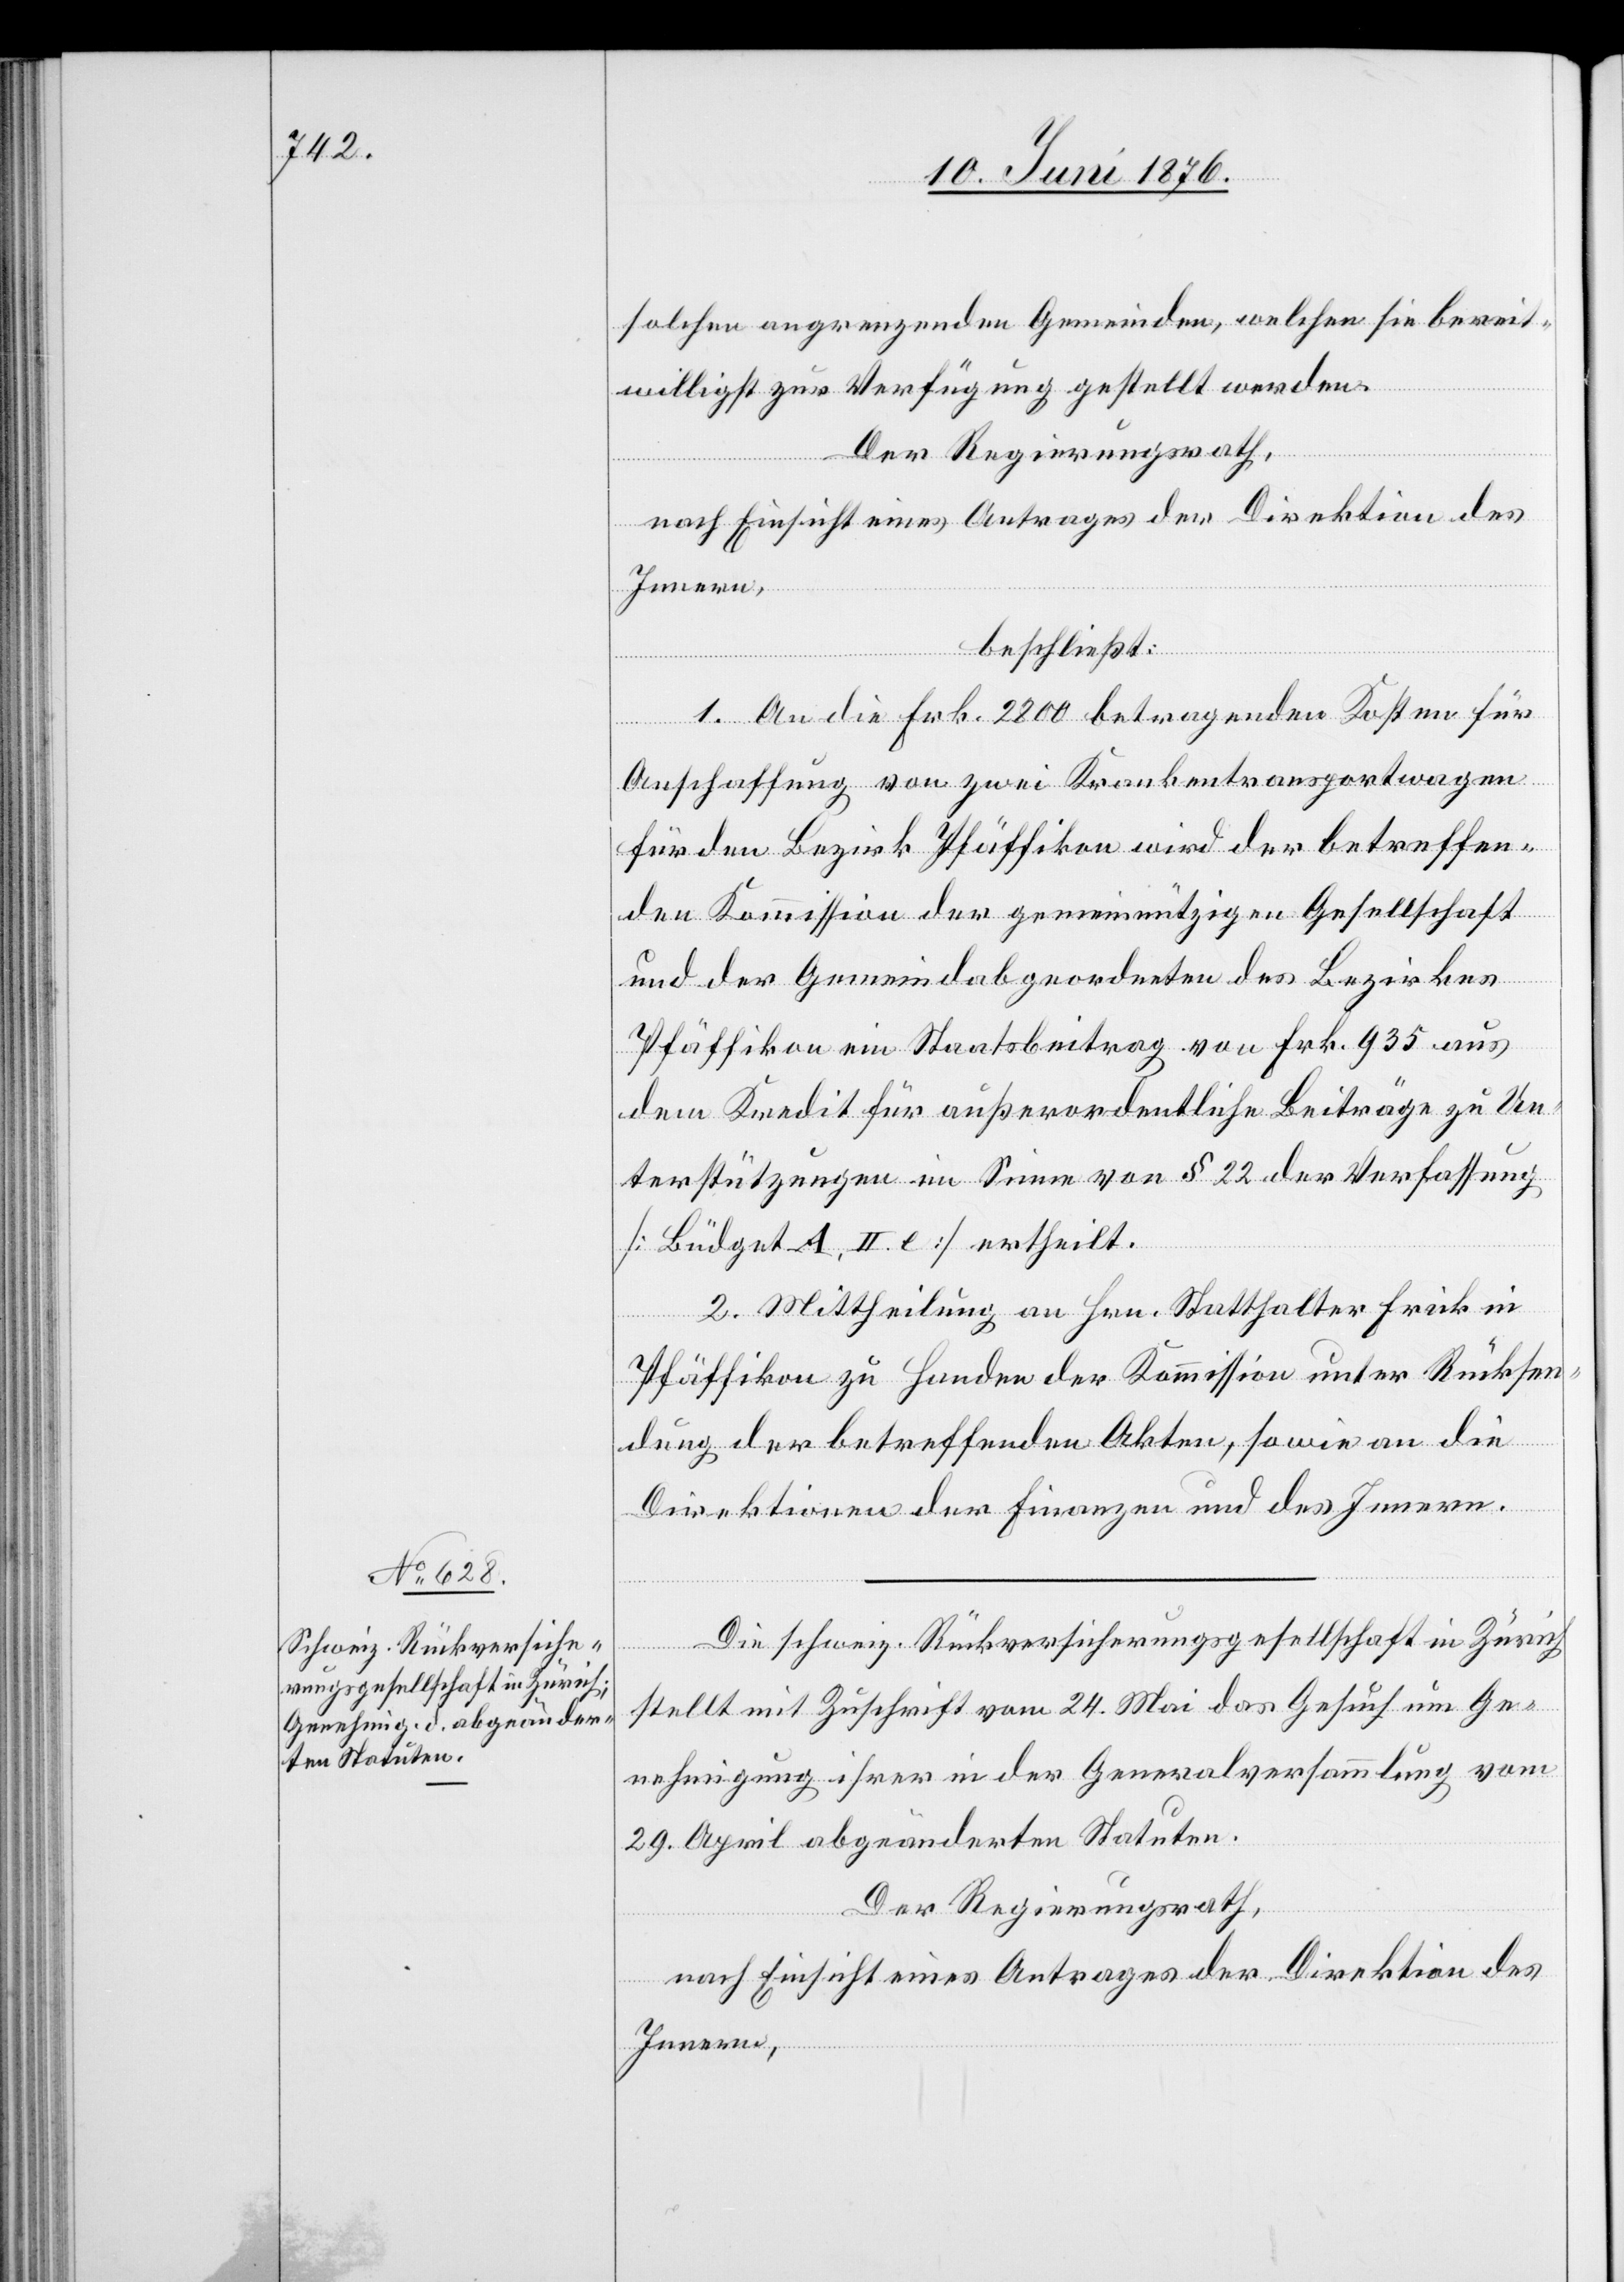
solchen angrenzenden [sic!] Gemeinden, welchen sie bereit¬
willigst zur Verfügung gestellt werden.
Der Regierungsrath
nach Einsicht eines Antrages der Direktion des
Innern,
beschließt:
1. An die Frk. 2800 betragenden Kosten für
Anschaffung von zwei Krankentransportwagen
für den Bezirk Pfäffikon wird der betreffen¬
den Kommission der gemeinnützigen Gesellschaft
und der Gemeindabgeordneten des Bezirkes
Pfäffikon ein Staatsbeitrag von Frk. 935 aus
dem Kredit für außerordentliche Beiträge zu Un¬
terstützungen im Sinne von § 22 der Verfassung
[Büdget A, II e] ertheilt.
2. Mittheilung an Hrn. Statthalter Frick in
Pfäffikon zu Handen der Kommission unter Rücksen¬
dung der betreffenden Akten, sowie an die
Direktionen der Finanzen und des Innern.
Die schweiz. Rückversicherungsgesellschaft in Zürich
stellt mit Zuschrift vom 24. Mai das Gesuch um Ge¬
nehmigung ihrer in der Generalversammlung vom
29. April abgeänderten Statuten.
Der Regierungsrath,
nach Einsicht eines Antrages der Direktion des
Innern,